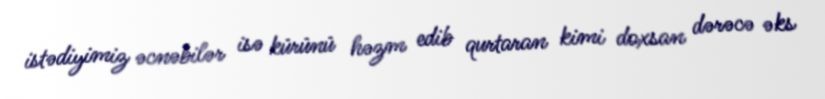
istədiyimiz əcnəbilər isə kürünü həzm edib qurtaran kimi doxsan dərəcə əks